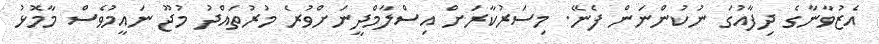
އެޒުވާނާގެ ދިފާއުގަ ނުކުންނަން ފެނޭ. މިސަރުކާރަށް އިސްލާމްދީނަށްވުރެ މުރުތައްދު މުޖޫ ނައީމުވެސް މާމޮޅު